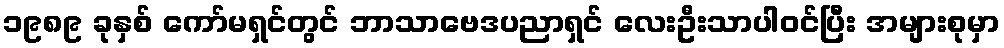
၁၉၈၉ ခုနှစ် ကော်မရှင်တွင် ဘာသာဗေဒပညာရှင် လေးဦးသာပါဝင်ပြီး အများစုမှာ